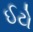
ઈટો